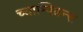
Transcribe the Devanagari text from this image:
च्याम्पियन्स